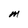
Character: M